Annual report on the lock hospitals of the Madras Presidency
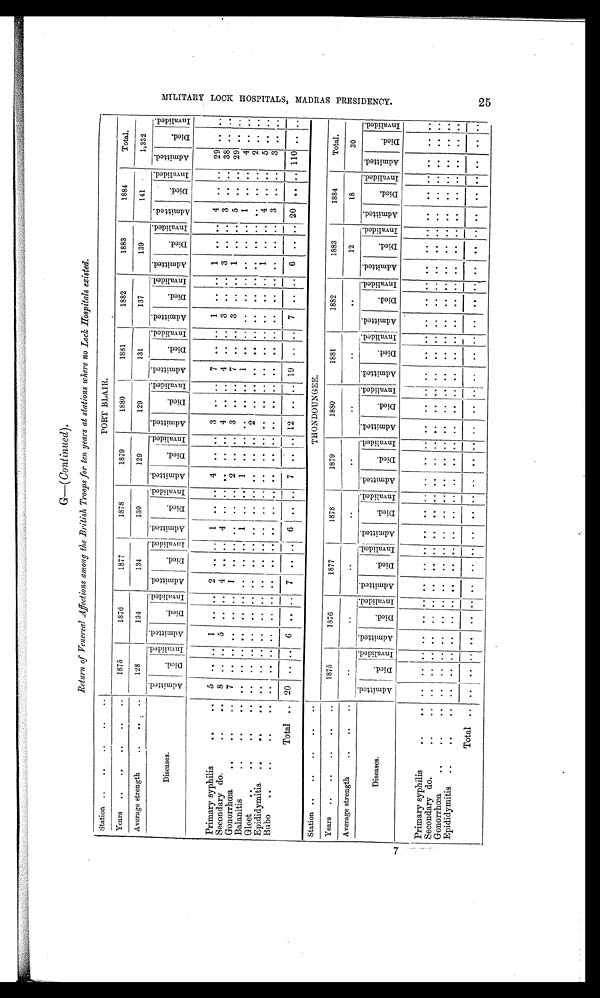
M I L I T A R Y L O C K H O S P I T A L S , M A D R A S P R E S I D E N C Y .
25
Return of Venreal Affections among the British Troops for ten years at stations where no Lock Hospitals existed.
Station
PORT BLAIR.
Years
1875
1876
1877
1878
1879
1880
1881
1882
1883
1884
141
Total.
1;332
Average strength
128
1 3 4
134
130
129
129
131
137
139
Diseases.
A m m i t e d
D i e d
I n v a l i d e d A d m i n t e d
D i e d .
I n v a l i d e d . A d m i t e d
D i e d .
I n v a l i d e d . A d m i t e d .
D i e d
I n v a l i d e d .
A d m i t e d
Died I n v l i d e d
A d m i t e d .
D i e d .
I n v a l i d e d .
A d m i t e d . Di ed
I n v a l i d e d . A d m i t e d .
D i e d .
I nval i ded.
A d m i t e d .
D I e d
I n v a l i d e d . A d m i t e d .
D i e d . I n v a l i d e d .
A d m i t e d .
D i e d .
I n v a l i d e d .
Primary syphilis
5
. .
. . 1
. .
. . 2
..
. . 1
. .
. . 4
. .
. . 3
. .
. . 7
. . . . 1 .. .. 1 .. . . 4
. .
. . 29
..
. .
S econdary do.
8
. . . . . . . . 5 . .
. .
4
..
. . 4
. . . .
. . .. . . 4
. .
. . 4
. .
. . 3
. . ..
3
. .
. . 3
. .
. . 38
..
. .
Gonorrhœa
7
. . . .
........... . . . . 1 .. . . . .
. .
. . 2
. .
. . 3
. .
. .
7
. . . . 3
. . ..
1
. .
. . 5
. .
. . 29
..
. .
Balanitis
. . . . . .
. . . . . . . . ..
. . . .
. . . .
1 .. . . . .
. . . . . . 1
. . . . . .
. . ..
. . . . . . 1
. . . . . . 4 .. . .
GI eet
. . . . . .
. . . . . . . . ..
. . . .
. . . .
. . .. . . 2
. . . . . . . .
. . . . . .
. . ..
. . . . . . . . .. . . 2 ...
. .
Epididymitis
. . . . . .
. . . . . . . . ..
. . . .
. . . .
. . .. . . . .
. . . . . . . .
. . . . . .
. . ..
. . . . . . . . .. . . 5 .. . .
Bubo
. . . . . .
. . . . . . . . ..
. . . .
. . . .
. . .. . . . .
. . . . . .
. . . . . .
. . ..
. . . . . . 3 .. . . 3 .. . .
Total 20 ..
. . 6
. . . . 7 .. . . 6 ..
. . 7 .. . . 12 .. .. 19
. .
. . 7
. . ..
6
. .
. . 20
. .
. . 110 .. . .
Station
THONDOUNGEE.
Years
1875
1876
1877
1878
1879
1880
1881
1882
1883
1884
Total.
Average strength
..
..
. .
..
..
..
. .
. .
12
18
30
Diseases.
A d m i t e d D i e d
I n v a l i d e d .
A d m i t e d
D i e d
n v a l i d e d . A d m i t e d
Died.
I n v a l i d e d . A d m i t e d
D i e d .
I n v a l i d e d .
A d m i t e d
Di ed
I n v a l i d e d
A d m i t e d .
D i e d .
I n v a l i d e d .
A d m i t e d
D i e d
I n v a l i d e d A d m i t e d .
D i e d
I n v a l i d e d .
A d m i t e d .
D i e d
I n v a l i d e d
A d m i t e d
D i e d
I n v a l i d e d
A d m i t e d .
D i e d
I n v a l i d e d .
Primary syphilis
.. .. .. .. .. .. .. .. .. .. .. .. .. .. .. .. ..
.. .. .. .. .. .. .. .. .. ... .. .. .. .. ..
. .
Secondary do.
.. .. .. .. .. .. .. .. .. .. .. .. .. .. .. .. .. .. .. .. .. .. .. .. .. .. .. .. .. .. .. ..
. . .
Gonorrhœa
.. .. .. .. .. .. .. .. .. .. .. .. .. .. .. .. .. .. .. .. .. .. .. .. .. .. .. .. .. .. .. ..
. .
Epididymitis T o t a l
.. .. .. .. .. .. .. .. .. .. .. .. .. .. .. .. .. .. .. .. .. .. .. .. .. .. .. .. .. .. .. ..
. .
.. .. .. .. .. .. ..
.. ..
.. ..
..
.. ..
..
.. ..
.. . .
.. .. .. .. .. .. ..
..
.. ..
..
.. ..
. .